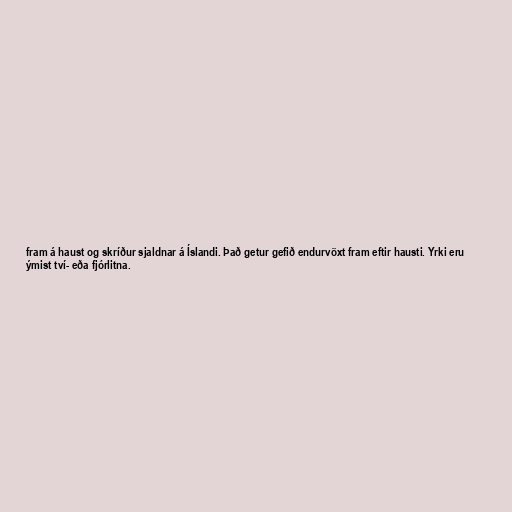
fram á haust og skríður sjaldnar á Íslandi. Það getur gefið endurvöxt fram eftir hausti. Yrki eru
ýmist tví- eða fjórlitna.